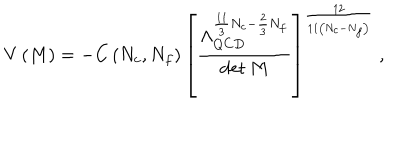
LaTeX: V \left( M \right) = - C \left( N _ { c } , N _ { f } \right) \left[ \frac { \Lambda _ { Q C D } ^ { \frac { 1 1 } { 3 } N _ { c } - \frac { 2 } { 3 } N _ { f } } } { \mathrm { d e t } \, M } \right] ^ { \frac { 1 2 } { 1 1 \left( N _ { c } - N _ { f } \right) } } \ ,